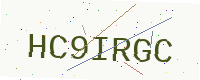
Text: HC9IRGC